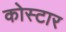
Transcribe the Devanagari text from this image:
कोस्टार